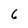
Character: 6